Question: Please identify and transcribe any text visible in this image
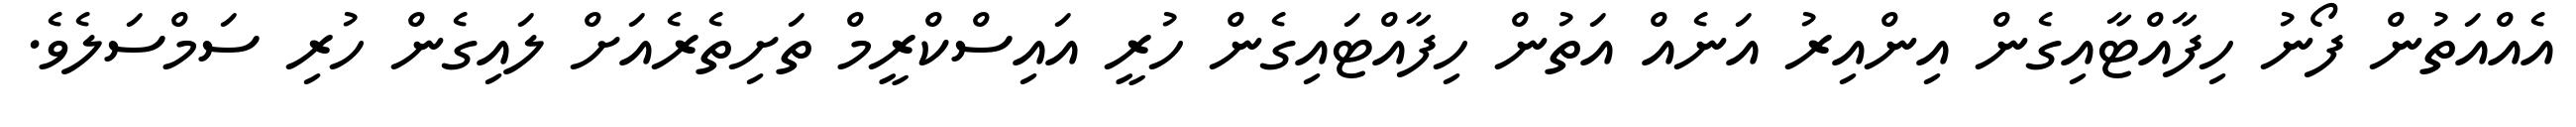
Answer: އެއްއަތުން ފޯނު ހިފާއްޓާއިގެން އިންއިރު އަނެއް އަތުން ހިފާއްޓައިގެން ހުރީ އައިސްކްރީމް ތަށިތެރެއަށް ލައިގެން ހުރި ސަމްސަލެވެ.